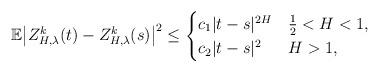
LaTeX: \begin{align*}\mathbb{E}\big|Z^{k}_{H,\lambda}(t)-Z^{k}_{H,\lambda}(s)\big|^{2}\leq \begin{cases} c_{1}|t-s|^{2H} & \frac{1}{2}<H<1,\\ c_{2}|t-s|^{2} &H>1,\end{cases} \end{align*}